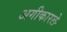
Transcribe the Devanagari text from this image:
अगीकारले